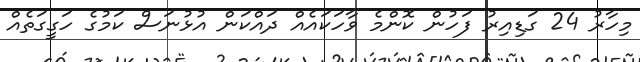
މިހާރު 24 ގަޑިއިރު ފަހުން ކޮންމެ ވާހަކައެއް ދައްކަން އުޅުނަސް ކަމުގެ ހަގީގަތެއް